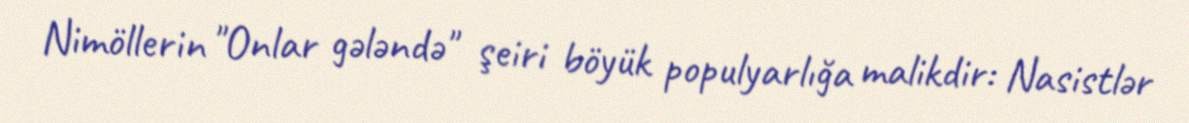
Nimöllerin "Onlar gələndə" şeiri böyük populyarlığa malikdir: Nasistlər